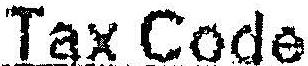
TAX CODE